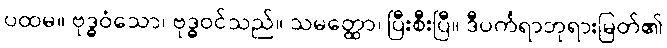
ပထမ။ ဗုဒ္ဓဝံသော၊ ဗုဒ္ဓဝင်သည်။ သမတ္ထော၊ ပြီးစီးပြီ။ ဒီပင်္ကရာဘုရားမြတ်၏